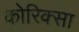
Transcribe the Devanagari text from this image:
कोरिक्सा